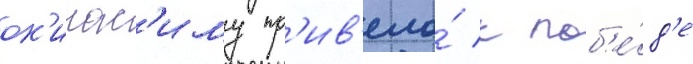
ок'инас'иму пр'ив'ело́ к поб'е́д'е